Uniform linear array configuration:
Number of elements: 4
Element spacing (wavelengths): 0.5
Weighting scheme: kaiser
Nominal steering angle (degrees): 30
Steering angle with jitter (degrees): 28.002
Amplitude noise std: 0.05
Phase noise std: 0.05

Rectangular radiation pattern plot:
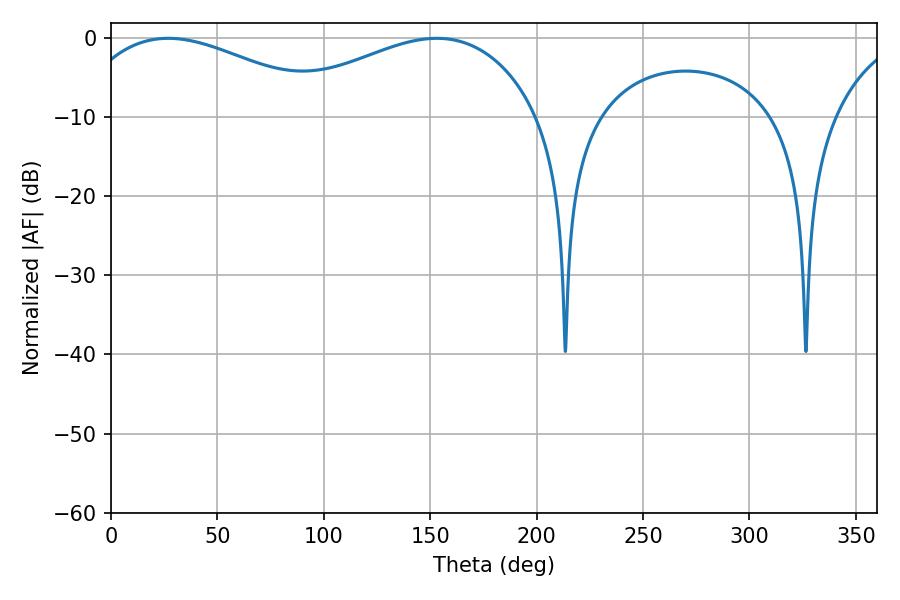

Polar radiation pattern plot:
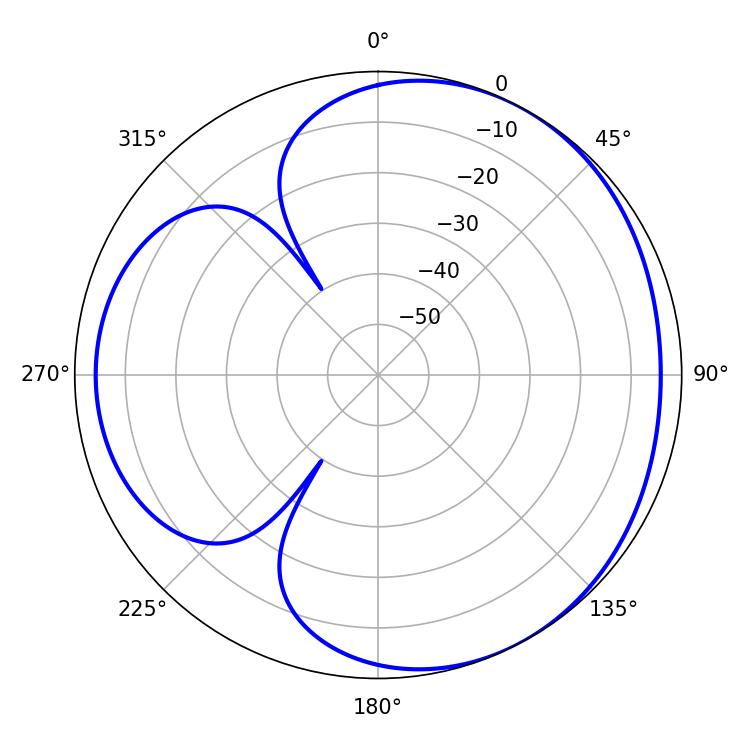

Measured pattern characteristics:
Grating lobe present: FALSE
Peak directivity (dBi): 3.58
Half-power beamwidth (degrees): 67.86
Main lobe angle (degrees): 26.82